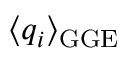
\langle q _ { i } \rangle _ { \mathrm { G G E } }